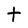
Character: t